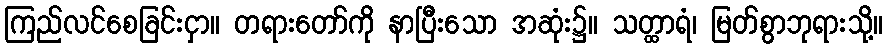
ကြည်လင်စေခြင်းငှာ။ တရားတော်ကို နာပြီးသော အဆုံး၌။ သတ္ထာရံ၊ မြတ်စွာဘုရားသို့။